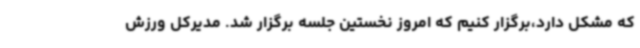
که مشکل دارد،برگزار کنیم که امروز نخستین جلسه برگزار شد. مدیرکل ورزش